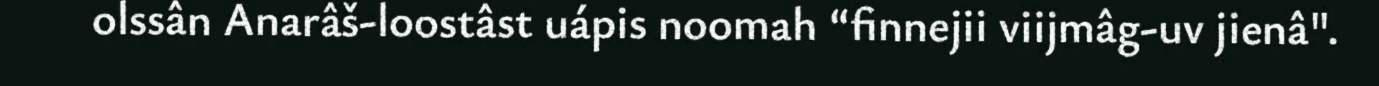
olssân Anarâš-loostâst uápis noomah “finnejii viijmâg-uv jienâ".